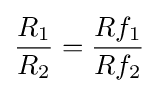
{\frac {R_{1}}{R_{2}}}={\frac {Rf_{1}}{Rf_{2}}}